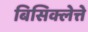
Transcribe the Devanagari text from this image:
बिसिक्लेत्ते